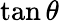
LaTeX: \tan\theta